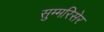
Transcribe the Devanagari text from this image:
सुम्मरिसेर